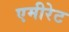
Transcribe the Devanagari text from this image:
एमीरेट